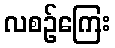
လစဉ်ကြေး